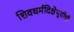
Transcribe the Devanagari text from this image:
शिवधर्मदिक्षेपूर्वीची